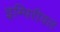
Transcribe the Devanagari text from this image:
इम्पिरीयल